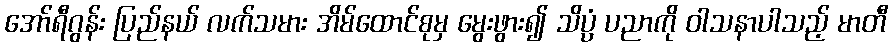
အော်ရီဂွန်း ပြည်နယ် လက်သမား အိမ်ထောင်စုမှ မွေးဖွား၍ သိပ္ပံ ပညာကို ဝါသနာပါသည့် မာတီ